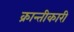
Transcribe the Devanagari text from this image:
क्रान्तीकारी